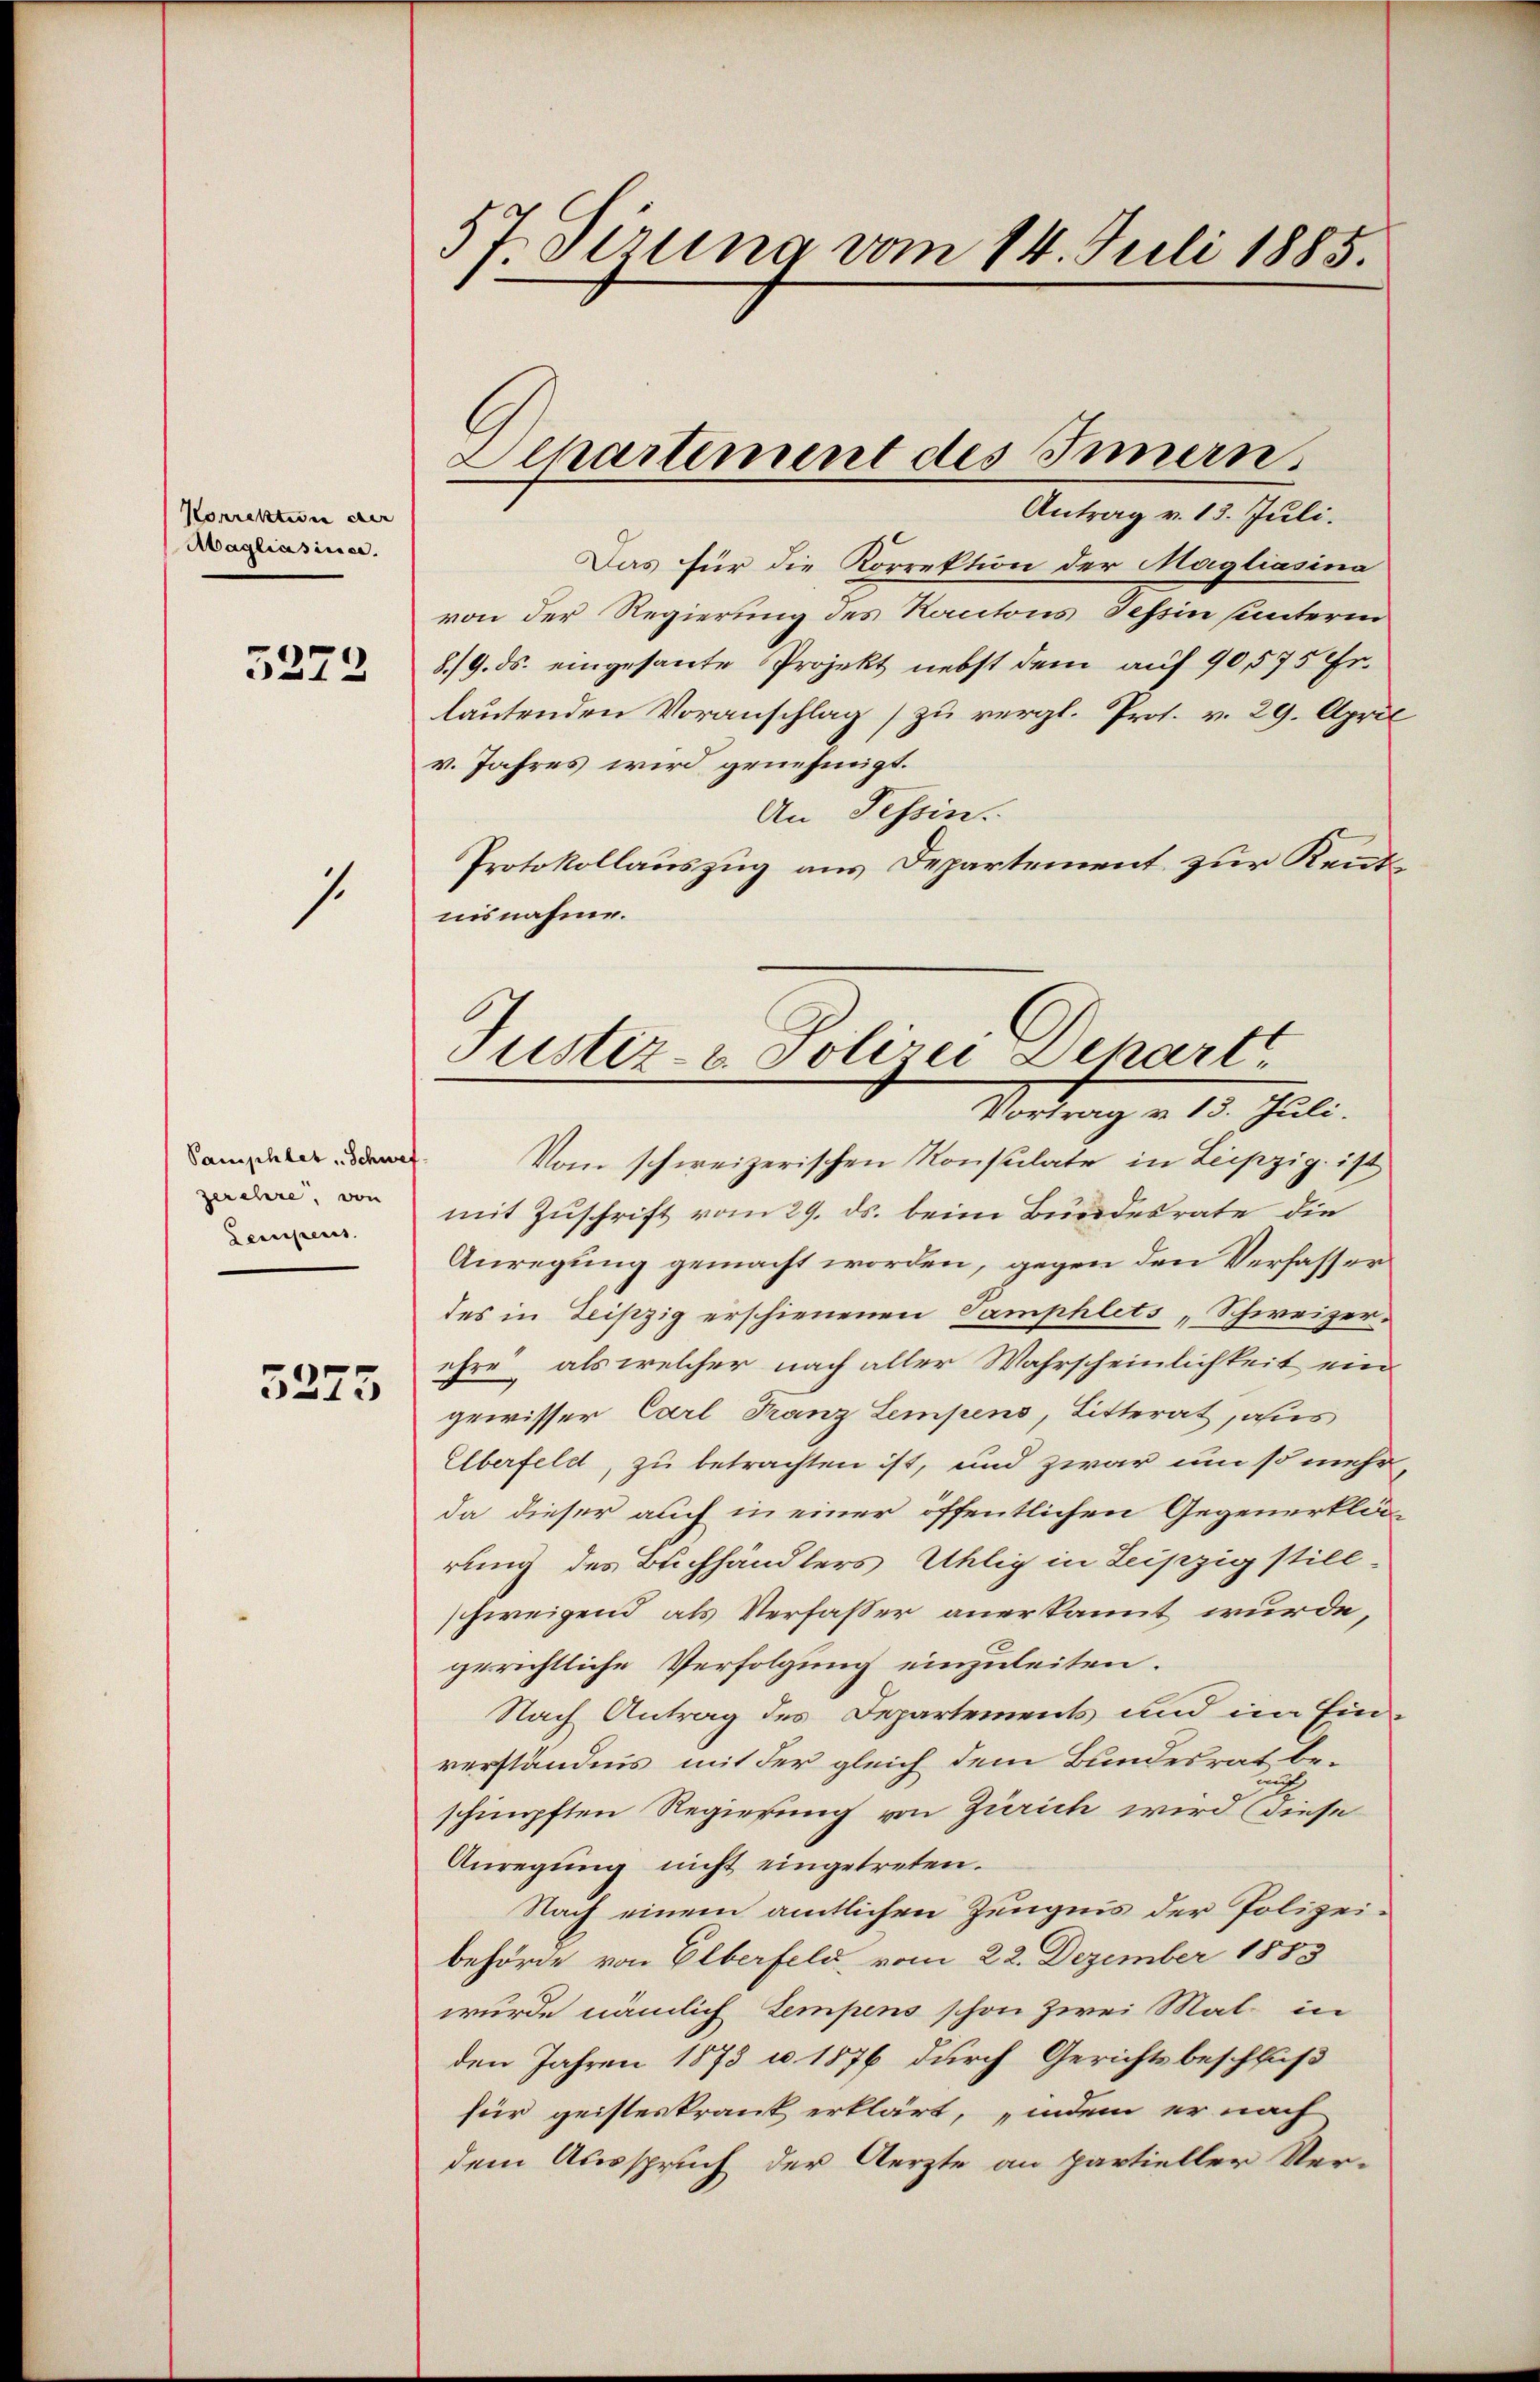
Korrekterin der
Magliasirer.

5272

s.

Pamphlet Schwef
perehre, von
Denpens.
3275

57. Sirung vom 14. Juli 1885.

Alhartement des Innern.
Antrag v. 13. Juli.

Das für die Korrektion der Magliasina
von der Regierung des Kantons Tessin unterin
8./9. ds. eingesante Projekt nebst dem auf 90,575 Fr.
lautenden Voranschlag zu vergl. Prof. v. 29. April
v. Jahres wird genehmigt.
An Tessin.
Protokollauszug aus Departement zur Kentnisnahme.

Justiz- & Polizei Dekartt

Vortrag v. 13. Juli.
Vom schweizerischen Konsulate in Leipzig ist,
mit Zuschrift vom 29. ds. beim Bundesrate die
Anregung gemacht worden, gegen den Verfasser
des in Leipzig erschienenen Samphlets „Schweizer.
ehre, als welcher nach aller Wahrscheinlichkeit ein
gewisser Carl Franz Lempens, Litterat, aus
Überfeld, zu betrachten ist, und zwar um so mehr,
da dieser auch in einer öffentlichen Gegenerklärung des Buchhändlers Uhlig in Leipzig still-
schweigend als Verfasser anerkannt wurde,
gerichtliche Verfolgung einzuleiten.
Nach Antrag des Departements und im Ein-
verständnis mit der gleich dem Bundesrat be-
.
schimpften Regierung von Zürich wird diese
Anregung nicht eingetreten.
Nach einem amtlichen Zeugnis der Polizeibehörde von Elberfeld, vom 22. Dezember 1883
wurde nämlich tempens schon zwei Mal in
den Jahren 1873 u. 1876 durch Gerichtsbeschluß
für geisteskrank erklärt, „indem er nach
dem Ausspruch der Aerzte an partieller Ver-